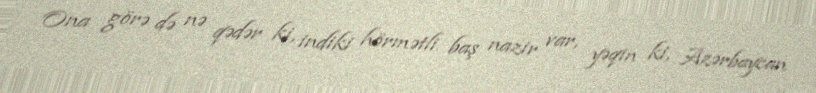
Ona görə də nə qədər ki, indiki hörmətli baş nazir var, yəqin ki, Azərbaycan